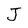
Character: J